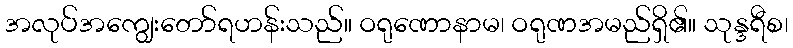
အလုပ်အကျွေးတော်ရဟန်းသည်။ ဝရုဏောနာမ၊ ဝရုဏအမည်ရှိ၏။ သုန္ဒရီစ၊